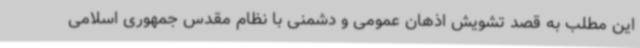
این مطلب به قصد تشویش اذهان عمومی و دشمنی با نظام مقدس جمهوری اسلامی